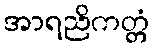
အာရညိကတ္တံ